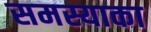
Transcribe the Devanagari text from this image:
समस्याका